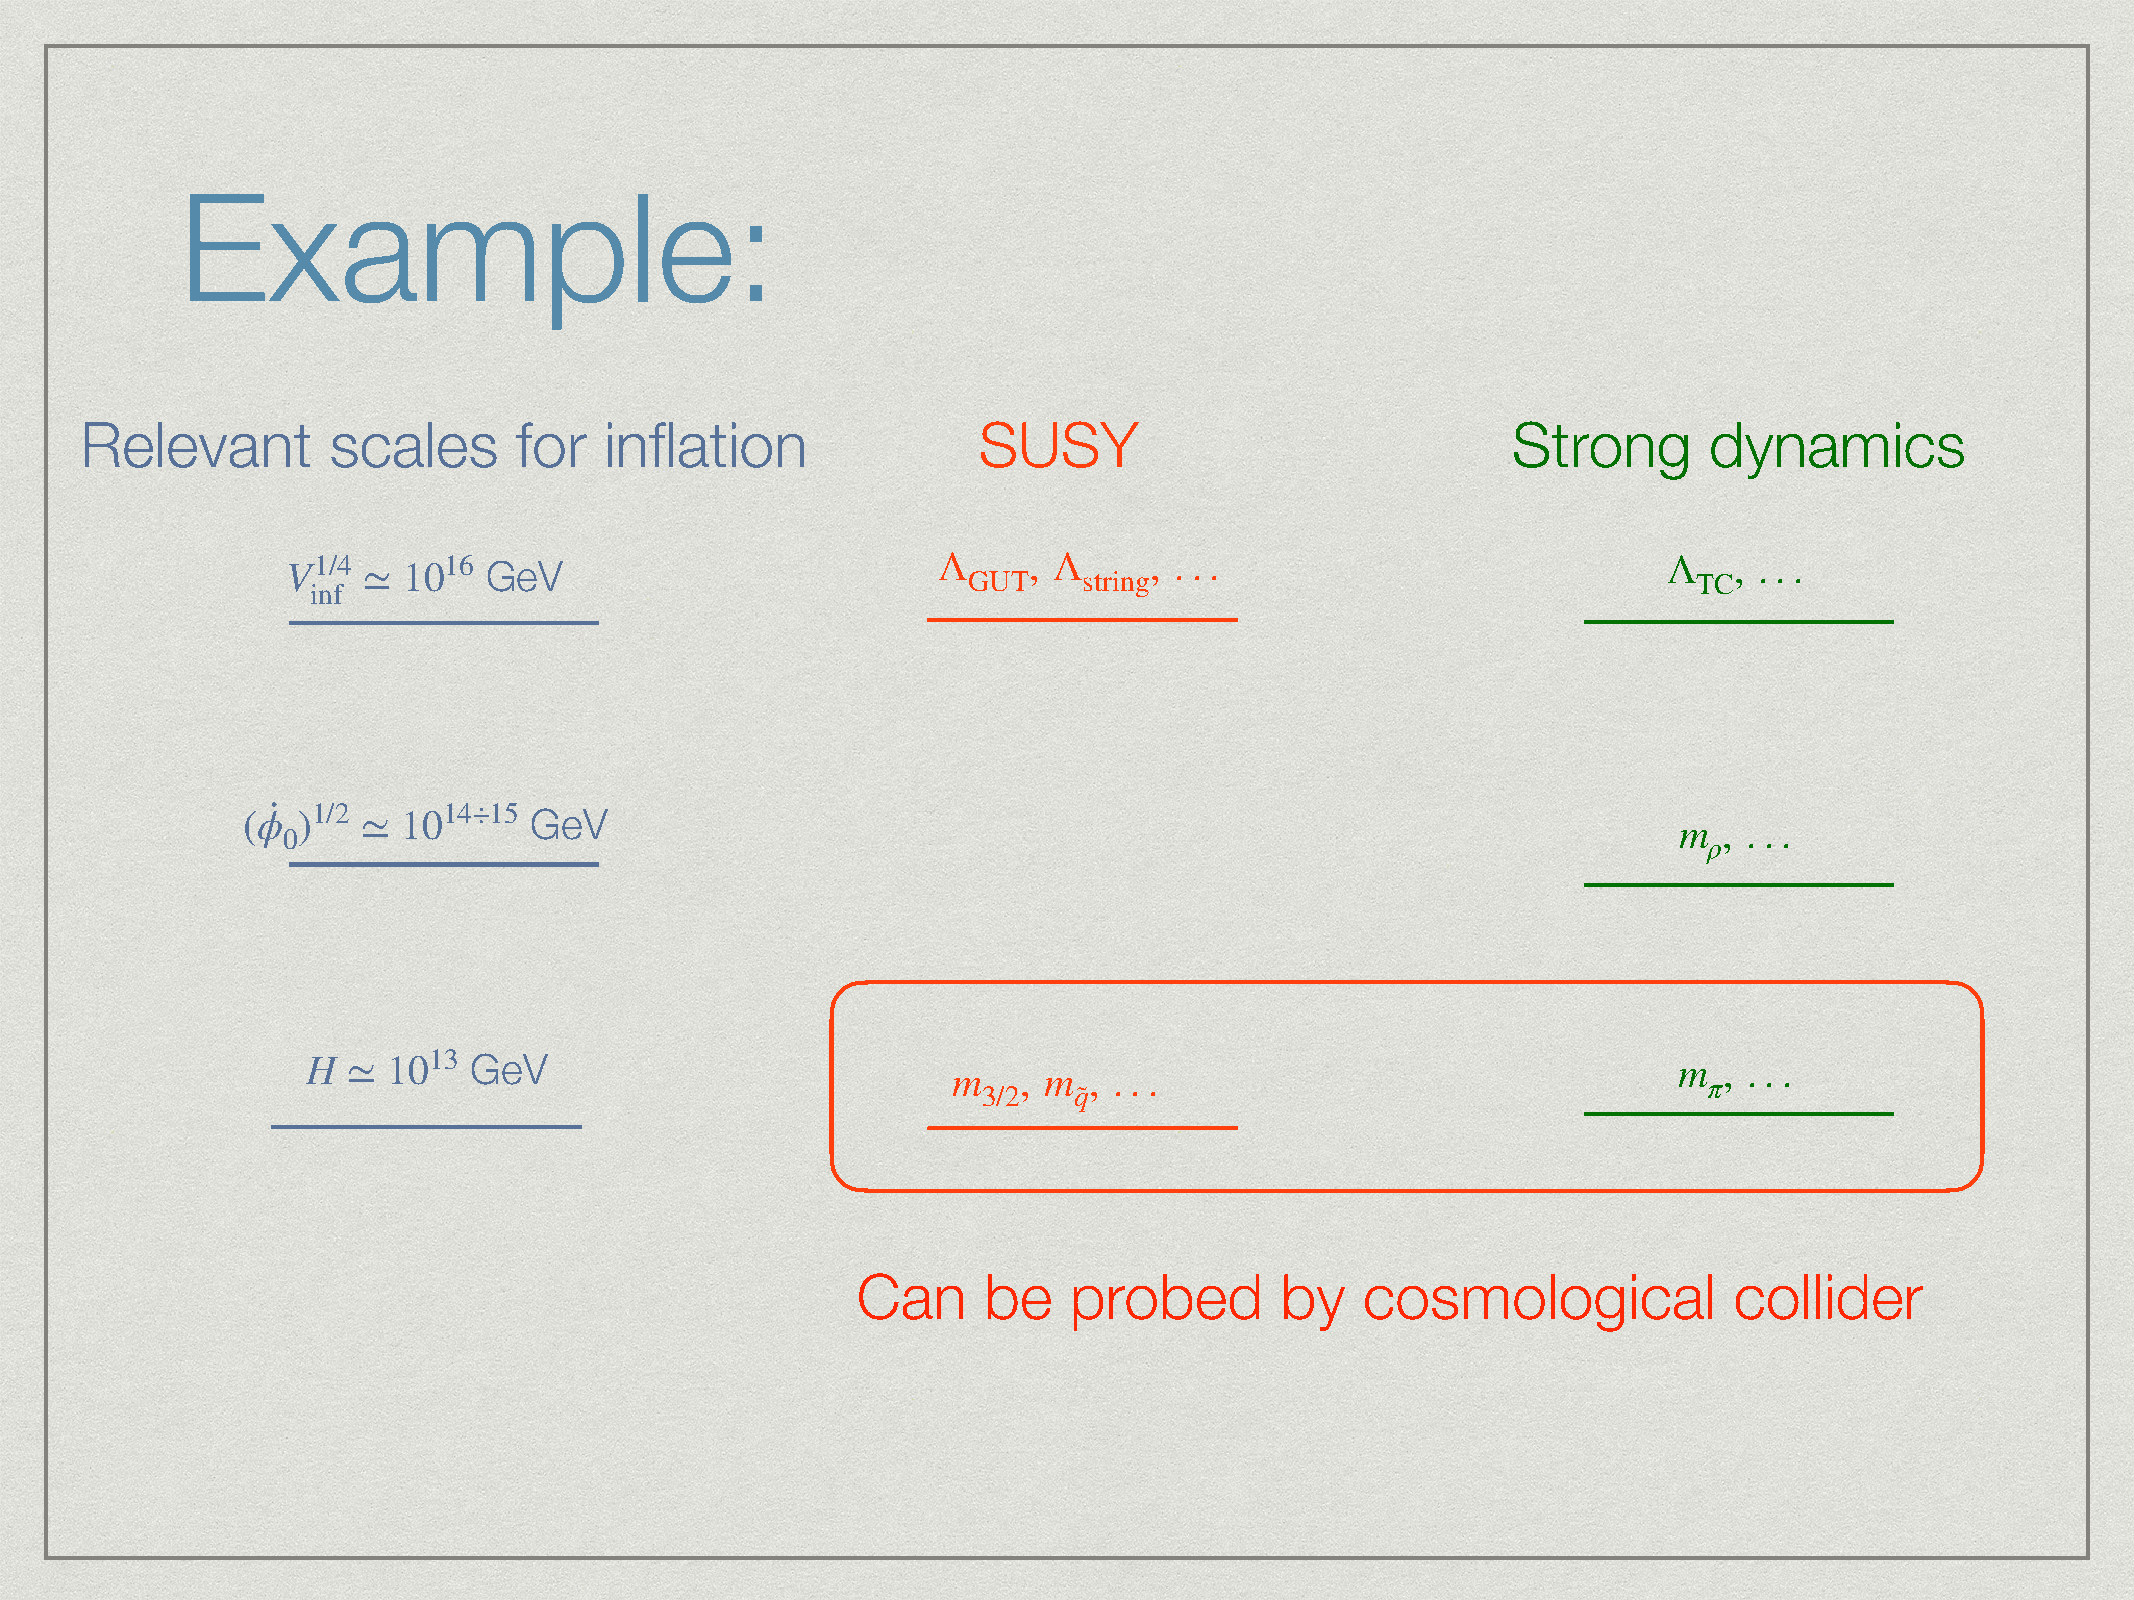
Example:
 Relevant         scales      for   inflation                SUSY                               Strong       dynamics
 V1/4
 ≃
 1016 GeV                           Λ     , Λ     , . . .                           Λ    , . . .
 GUT     string                                  TC
 inf
 ·
 (ϕ  )1/2 ≃ 1014÷15 GeV                                                                         m  , . . .
 0                                                                                             ρ
 H  ≃  1013 GeV                             m   , m  , . . .                                m π, . . .
 3/2   q˜
 Can     be    probed        by   cosmological             collider